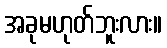
အခုမဟုတ်ဘူးလား။